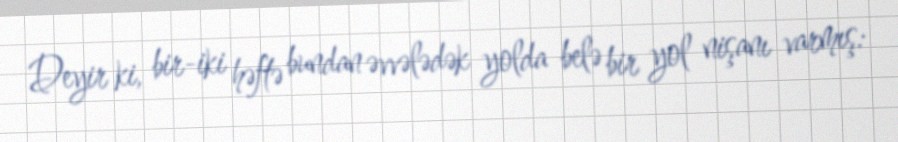
Deyir ki, bir-iki həftə bundan əvvələdək yolda belə bir yol nişanı varmış: